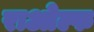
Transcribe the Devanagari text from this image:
राओल्फ